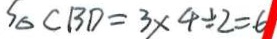
S _ { \Delta } C B D = 3 \times 4 \div 2 = 6